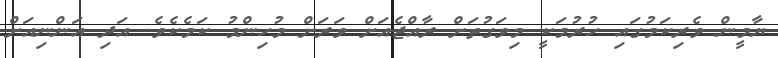
ޔާމީން ވެރިކަމުގައި ހުރުމަކީ މިވަގުތަށް ރާއްޖެއަށް ވަރަށް މުހިންމު ކަމެކެވެ. އަދި އަންނިއަށް